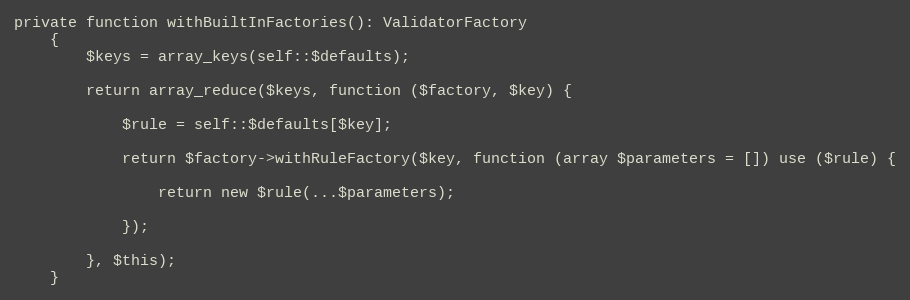
Language: PHP
private function withBuiltInFactories(): ValidatorFactory
    {
        $keys = array_keys(self::$defaults);

        return array_reduce($keys, function ($factory, $key) {

            $rule = self::$defaults[$key];

            return $factory->withRuleFactory($key, function (array $parameters = []) use ($rule) {

                return new $rule(...$parameters);

            });

        }, $this);
    }